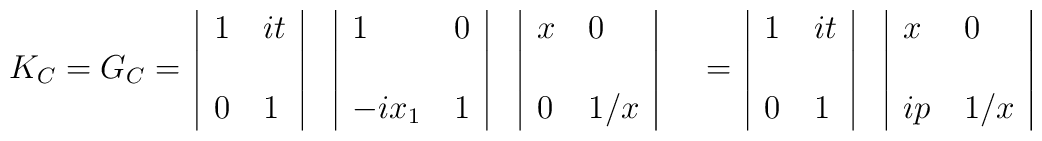
\begin{tabular}{c|ll|c|ll|c|ll|c}  & $1$ & $it$&&$1$&$0$&&$x$&$0$&\\$K_C=G_C=$&&&&&&&&&\\  & $0$ &$1$&&$-ix_1$&$1$&&$0$&$1/x$&\\\end{tabular}\\\begin{tabular}{c|ll|c|ll|c}  & $1$ & $it$&&$x$&$0$&\\$=$&&&&&&\\  & $0$ &$1$&&$ip$&$1/x$&\\\end{tabular}\\